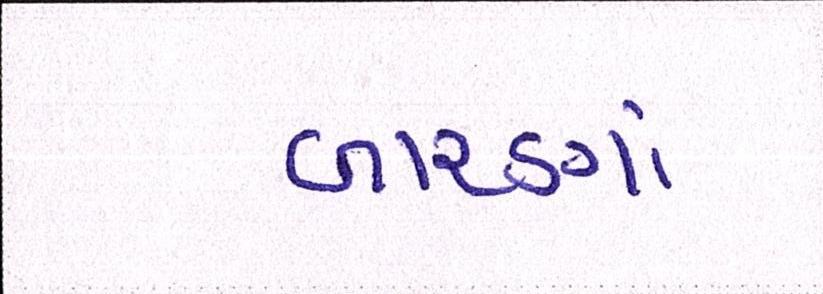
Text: બારણાં